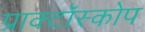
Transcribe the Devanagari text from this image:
प्राक्टॉस्कोप